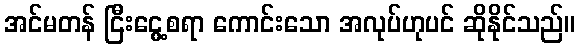
အင်မတန် ငြီးငွေ့စရာ ကောင်းသော အလုပ်ဟုပင် ဆိုနိုင်သည်။